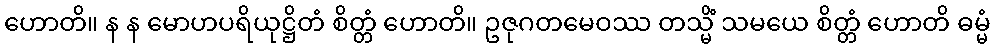
ဟောတိ။ န န မောဟပရိယုဋ္ဌိတံ စိတ္တံ ဟောတိ။ ဥဇုဂတမေဝဿ တသ္မိံ သမယေ စိတ္တံ ဟောတိ ဓမ္မံ